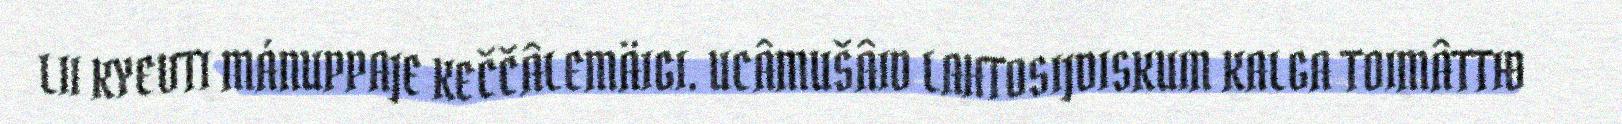
LII KYEVTI MÁNUPPAJE KEČČÂLEMÄIGI. UCÂMUŠÂID LAHTOSIJDISKUIN KALGA TOIMÂTTIĐ